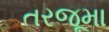
તરજૂમા